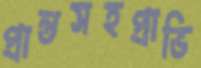
প্রান্তসহপ্রাভি